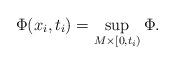
LaTeX: \begin{align*} \Phi(x_i,t_i) = \sup_{M \times [0,t_i)} \Phi.\end{align*}